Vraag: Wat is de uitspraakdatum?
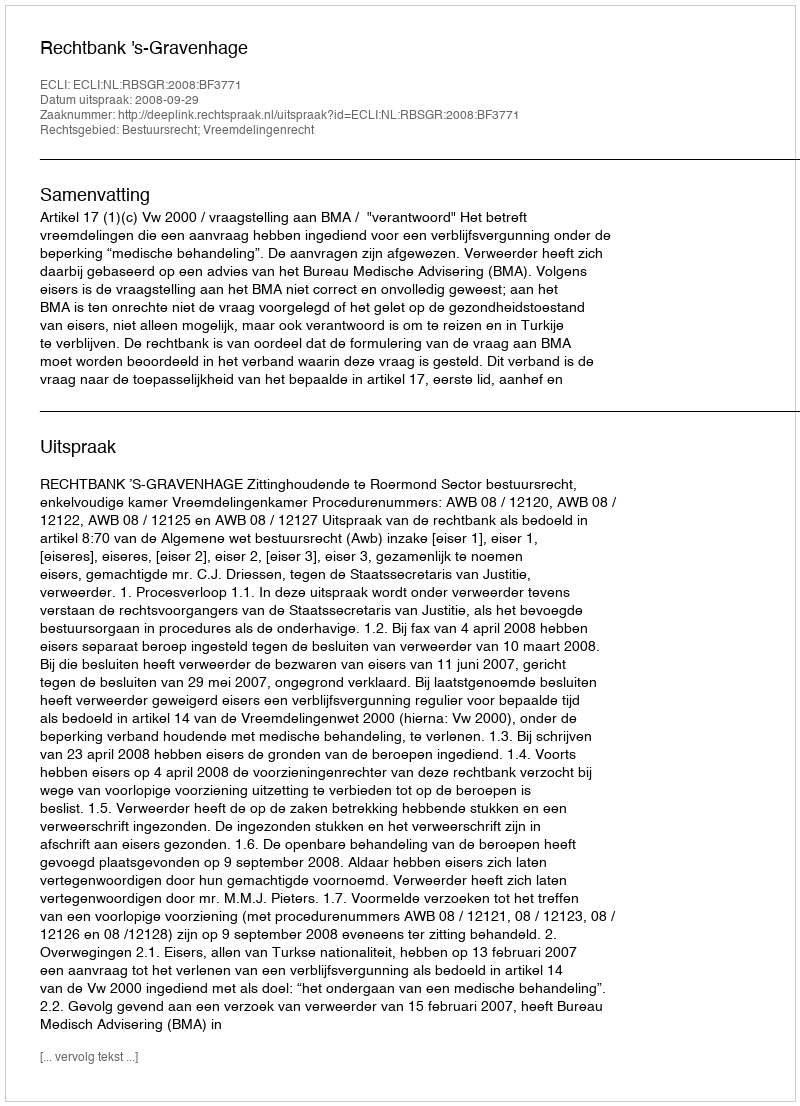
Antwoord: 2008-09-29